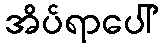
အိပ်ရာပေါ်